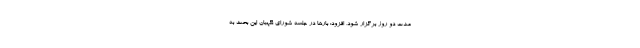
مدت دو روز برگزار شود، افزود: بارها در جلسه شورای نگهبان این بحث به